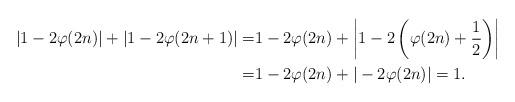
LaTeX: \begin{align*} |1-2\varphi(2n)|+|1-2\varphi(2n+1)|=&1-2\varphi(2n)+\left|1-2\left(\varphi(2n)+\frac{1}{2}\right)\right| \\ =&1-2\varphi(2n)+|-2\varphi(2n)|=1. \end{align*}